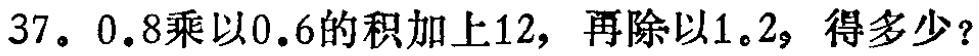
$37。0.8乘以0.6的积加上12，再除以1。2，得多少？$